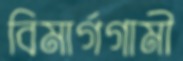
বিমার্গগামী